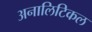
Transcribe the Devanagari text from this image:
अनालिटिकल